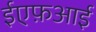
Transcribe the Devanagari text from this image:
ईएफ़आई